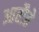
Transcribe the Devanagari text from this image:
आरौते